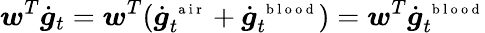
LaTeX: \boldsymbol w^{T}\dot{\boldsymbol g}_{t}=\boldsymbol w^{T}(\dot{\boldsymbol g}_{t}^{\mathrm{~\scriptsize~a~i~r~}}+\dot{\boldsymbol g}_{t}^{\mathrm{~\scriptsize~b~l~o~o~d~}})=\boldsymbol w^{T}\dot{\boldsymbol g}_{t}^{\mathrm{~\scriptsize~b~l~o~o~d~}}